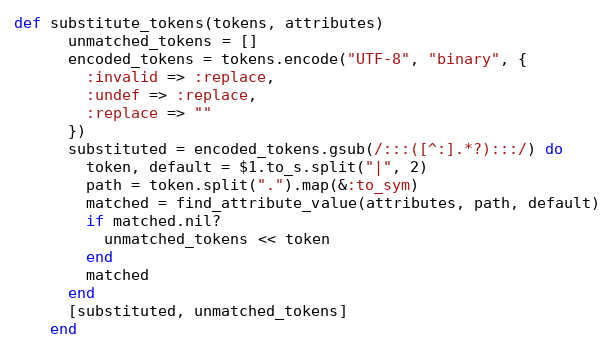
Language: Ruby
def substitute_tokens(tokens, attributes)
      unmatched_tokens = []
      encoded_tokens = tokens.encode("UTF-8", "binary", {
        :invalid => :replace,
        :undef => :replace,
        :replace => ""
      })
      substituted = encoded_tokens.gsub(/:::([^:].*?):::/) do
        token, default = $1.to_s.split("|", 2)
        path = token.split(".").map(&:to_sym)
        matched = find_attribute_value(attributes, path, default)
        if matched.nil?
          unmatched_tokens << token
        end
        matched
      end
      [substituted, unmatched_tokens]
    end